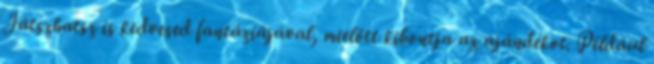
Játszhatsz is kedvesed fantáziájával, mielőtt kibontja az ajándékot. Például